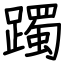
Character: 躅